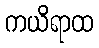
ကယိရာထ